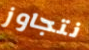
نتجاوز